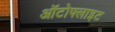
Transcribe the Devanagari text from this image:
ऑटोफ्लाइट